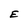
Character: E